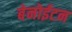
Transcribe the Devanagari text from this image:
बेनोईटन